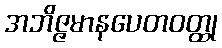
အဘိဇ္ဇမာနပေတဝတ္ထု